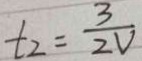
t _ { 2 } = \frac { 3 } { 2 V }